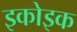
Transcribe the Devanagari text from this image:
इकोइक